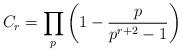
LaTeX: \begin{align*}C_r= \prod_{p}\left(1-\frac{p}{p^{r+2}-1}\right)\end{align*}